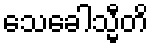
သေခေါသ္မီတိ